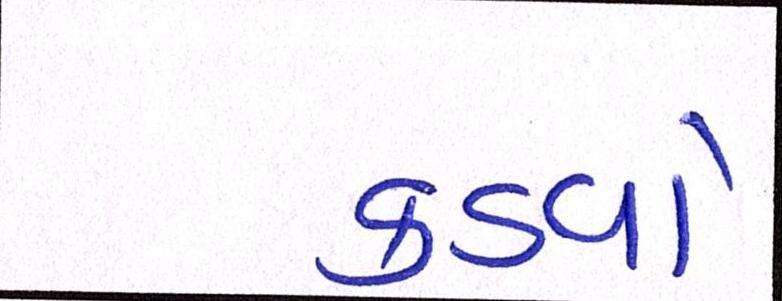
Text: કડવો